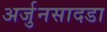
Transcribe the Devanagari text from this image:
अर्जुनसादडा